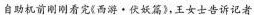
自助机前刚刚看完(西游·伏妖篇》，王女士告诉记者，